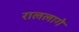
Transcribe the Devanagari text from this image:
राललागे